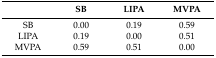
|  | SB | LIPA | MVPA |
 | --- | --- | --- | --- |
 | SB | 0.00 | 0.19 | 0.59 |
 | LIPA | 0.19 | 0.00 | 0.51 |
 | MVPA | 0.59 | 0.51 | 0.00 |